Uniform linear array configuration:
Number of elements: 64
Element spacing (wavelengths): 1
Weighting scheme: exponential
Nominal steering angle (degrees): -45
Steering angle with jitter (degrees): -46.213
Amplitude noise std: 0.05
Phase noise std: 0.05

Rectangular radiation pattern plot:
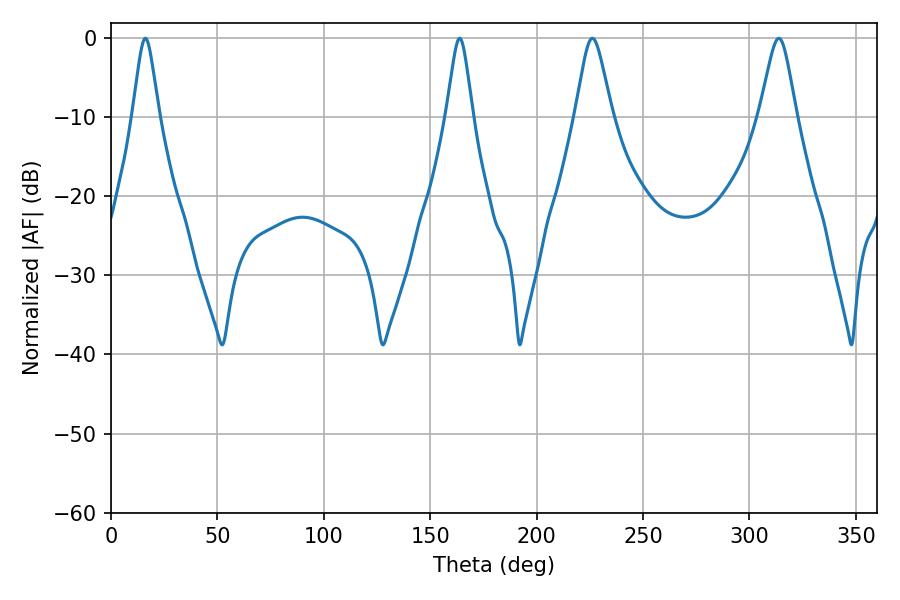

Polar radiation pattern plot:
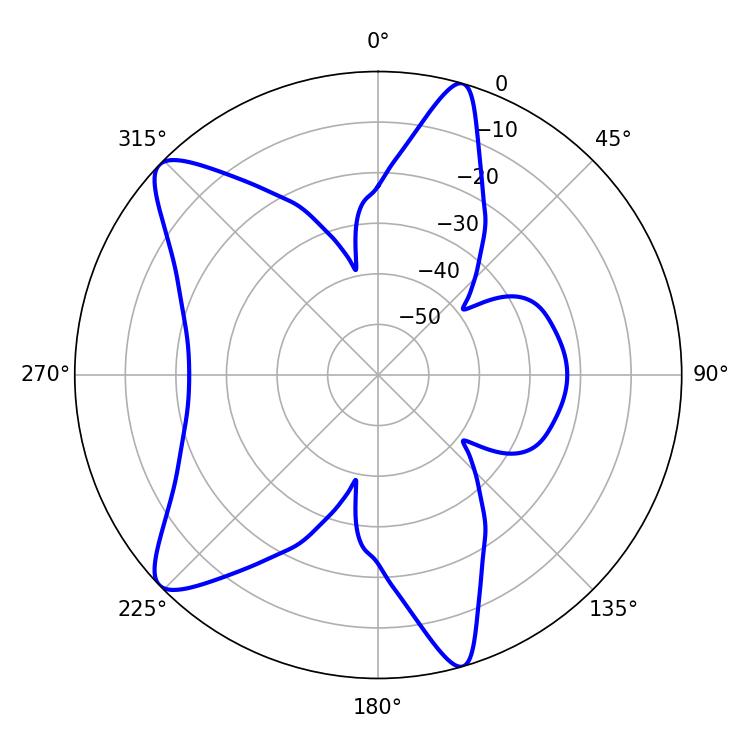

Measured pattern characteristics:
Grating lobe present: TRUE
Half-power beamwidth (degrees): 5.76
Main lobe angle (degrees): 16.2